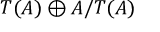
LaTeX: T ( A ) \oplus A / T ( A )